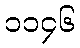
၁၁၄၆